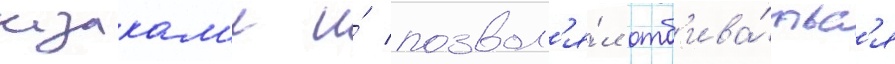
казакам'и и́ позвол'я́л отб'ива́тьс'я